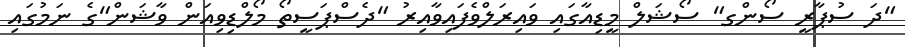
"ދަ ސުޕާރީ ސޯންގ" ސޯޝަލް މީޑިއާގައި ވައިރަލްވެފައިވާއިރު "ދެސްޕަސީތޯ މޯލްޑިވިއަން ވާޝަން"ގެ ނަމުގައި